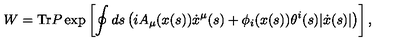
W = \mathrm { T r } P \exp \left[ \oint d s \left( i A _ { \mu } ( x ( s ) ) \dot { x } ^ { \mu } ( s ) + \phi _ { i } ( x ( s ) ) \theta ^ { i } ( s ) | \dot { x } ( s ) | \right) \right] ,